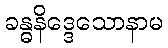
ခန္ဓနိဒ္ဒေသောနာမ